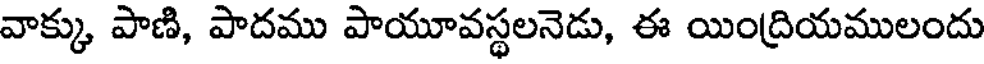
వాక్కు పాణి, పాదము పాయూవస్థలనెడు, ఈ యింద్రియములందు